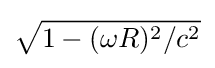
{\sqrt {1-(\omega R)^{2}/c^{2}}}